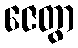
ဇေတွာ